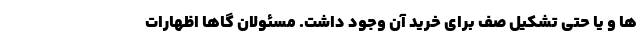
ها و یا حتی تشکیل صف برای خرید آن وجود داشت. مسئولان گاها اظهارات